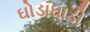
ઘોડાઘાડી